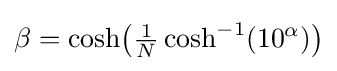
\beta =\cosh \!{\big (}{\tfrac {1}{N}}\cosh ^{-1}(10^{\alpha }){\big )}